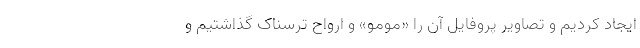
ایجاد کردیم و تصاویر پروفایل آن را «مومو» و ارواح ترسناک گذاشتیم و